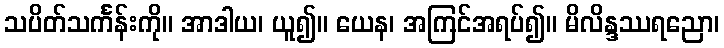
သပိတ်သင်္ကန်းကို။ အာဒါယ၊ ယူ၍။ ယေန၊ အကြင်အရပ်၍။ မိလိန္ဒဿရညော၊